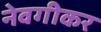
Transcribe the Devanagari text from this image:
नेवगीकर